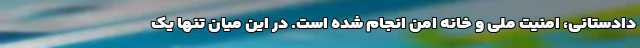
دادستانی، امنیت ملی و خانه امن انجام شده است. در این میان تنها یک